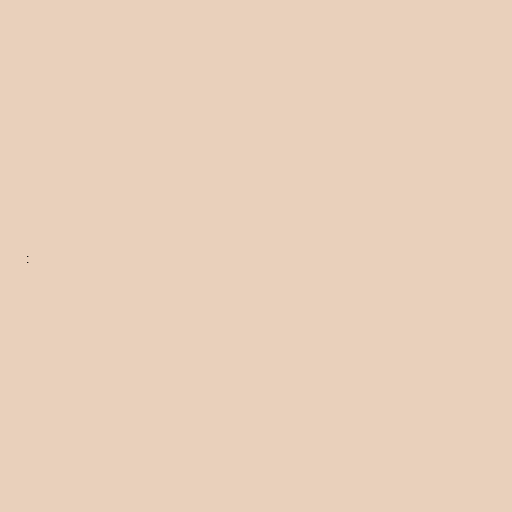
: